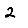
Digit: 2